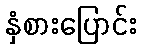
နှံစားပြောင်း